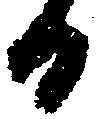
日